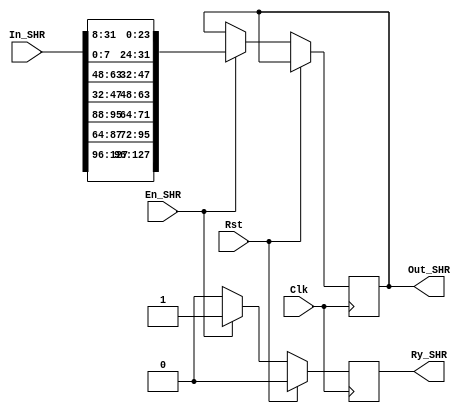
`timescale 1ns / 1ps
//////////////////////////////////////////////////////////////////////////////////
// Company: 
// Engineer: 
// 
// Design Name: 
// Module Name:    ShiftRows 
// Project Name: 
// Target Devices: 
// Tool versions: 
// Description: 
//
// Dependencies: 
//
// Revision: 
// Revision 0.01 - File Created
// Additional Comments: 
//
//////////////////////////////////////////////////////////////////////////////////
module ShiftRows(

    input Rst,
    input Clk,
    input En_SHR,
    output reg Ry_SHR,
    input [127:0] In_SHR,
    output reg [127:0] Out_SHR
    );
	 //Registers declaration
	 reg [31:0] row1;
	 reg [31:0] row2;
	 reg [31:0] row3;
	 reg [31:0] row4;
	 
	 //Signal that indicates if the 
	 //program has finished shifting

	 always @(posedge Clk)
	 begin
		if (Rst)
			begin
				//Reset values
				row1=0;
				row2=0;
				row3=0;
				row4=0;
				Ry_SHR=0;
			end
		else if (En_SHR)
			begin
				//Row 1 is not shifted
				row1 = In_SHR [127:96];
				//Row 2 is shifted 1 position to the left
				row2 = {In_SHR [87:80],In_SHR [79:72],In_SHR [71:64],In_SHR [95:88]};
				//Row 3 is shifted 2 position to the left
				row3 = {In_SHR [47:40],In_SHR [39:32],In_SHR [63:56],In_SHR [55:48]};
				//Row 4 is shifted 3 position to the left
				row4 = {In_SHR [7:0],In_SHR [31:24],In_SHR [23:16],In_SHR [15:8]};
				//Send finish signal
				Out_SHR  	= {row1,row2,row3,row4};
				Ry_SHR=1;
			end
		else
			begin
				//Reset finish signal
				Ry_SHR=0;
			end
	 end

endmodule